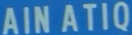
AINATIQ